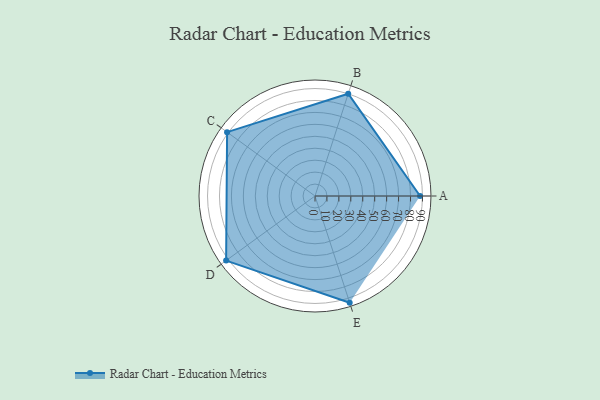
{"axis": {"x": "Skill", "y": "Score"}, "legend": ["Profile"], "data": [{"x": "A", "y": 88.0, "type": "Profile"}, {"x": "B", "y": 90.0, "type": "Profile"}, {"x": "C", "y": 91.0, "type": "Profile"}, {"x": "D", "y": 92.0, "type": "Profile"}, {"x": "E", "y": 94.0, "type": "Profile"}]}